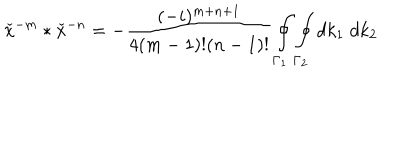
LaTeX: { \check { x } } ^ { - m } \ast { \check { x } } ^ { - n } = - \frac { ( - i ) ^ { m + n + 1 } } { 4 ( m - 1 ) ! ( n - 1 ) ! } \oint _ { { \Gamma } _ { 1 } } \oint _ { { \Gamma } _ { 2 } } d k _ { 1 } \; d k _ { 2 }